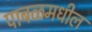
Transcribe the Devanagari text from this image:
पाबळमधील